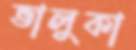
ভালুকা